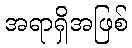
အရာရှိအဖြစ်